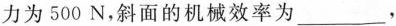
力为500N，斜面的机械效率为___，